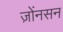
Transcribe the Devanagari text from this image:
ज़ोंनसन